Leprosy in India: report of the Leprosy Commission in India, 1890-91
Year: 1890
Disease focus: Leprosy
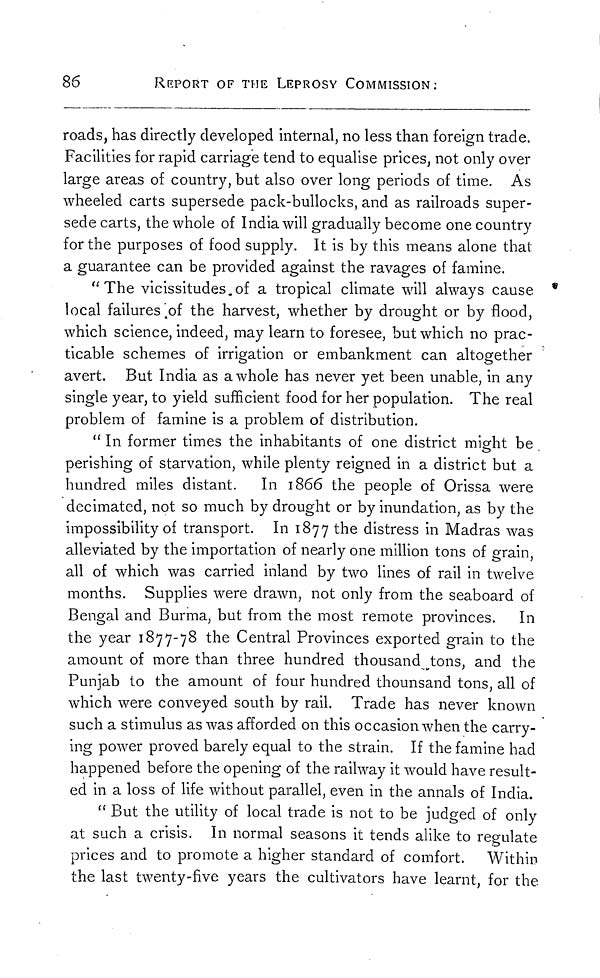
86
REPORT OF THE LEPROSY COMMISSION:
roads, has directly developed internal, no less than foreign trade.
Facilities for rapid carriage tend to equalise prices, not only over
large areas of country, but also over long periods of time. As
wheeled carts supersede pack-bullocks, and as railroads super-
sede carts, the whole of India will gradually become one country
for the purposes of food supply. It is by this means alone that
a guarantee can be provided against the ravages of famine.
"The vicissitudes.of a tropical climate will always cause
local failures of the harvest, whether by drought or by flood,
which science, indeed, may learn to foresee, but which no prac-
ticable schemes of irrigation or embankment can altogether
avert. But India as a whole has never yet been unable, in any
single year, to yield sufficient food for her population. The real
problem of famine is a problem of distribution.
" In former times the inhabitants of one district might be
perishing of starvation, while plenty reigned in a district but a
hundred miles distant. In 1866 the people of Orissa were
decimated, not so much by drought or by inundation, as by the
impossibility of transport. In 1877 the distress in Madras was
alleviated by the importation of nearly one million tons of grain,
all of which was carried inland by two lines of rail in twelve
months. Supplies were drawn, not only from the seaboard of
Bengal and Burma, but from the most remote provinces. In
the year 1877-78 the Central Provinces exported grain to the
amount of more than three hundred thousand tons, and the
Punjab to the amount of four hundred thounsand tons, all of
which were conveyed south by rail. Trade has never known
such a stimulus as was afforded on this occasion when the carry-
ing power proved barely equal to the strain. If the famine had
happened before the opening of the railway it would have result-
ed in a loss of life without parallel, even in the annals of India.
" But the utility of local trade is not to be judged of only
at such a crisis. In normal seasons it tends alike to regulate
prices and to promote a higher standard of comfort. Within
the last twenty-five years the cultivators have learnt, for the